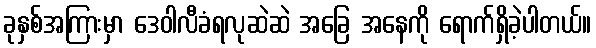
ခုနှစ်အကြားမှာ ဒေဝါလီခံရလုဆဲဆဲ အခြေ အနေကို ရောက်ရှိခဲ့ပါတယ်။